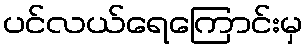
ပင်လယ်ရေကြောင်းမှ